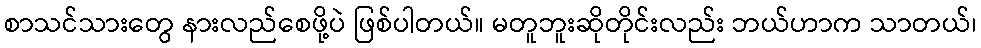
စာသင်သားတွေ နားလည်စေဖို့ပဲ ဖြစ်ပါတယ်။ မတူဘူးဆိုတိုင်းလည်း ဘယ်ဟာက သာတယ်၊